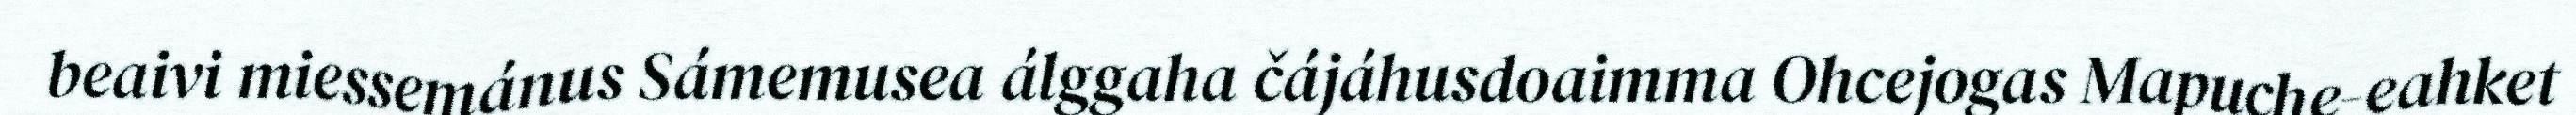
beaivi miessemánus Sámemusea álggaha čájáhusdoaimma Ohcejogas Mapuche-eahket